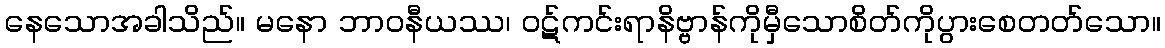
နေသောအခါသိည်။ မနော ဘာဝနီယဿ၊ ဝဋ်ကင်းရာနိဗ္ဗာန်ကိုမှီသောစိတ်ကိုပွားစေတတ်သော။